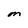
Character: M